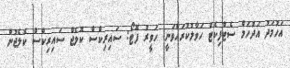
އަހުމަދު އަދުހަމް ސެޓްފިކެޓް ހަވާލުކުރައްވަނީ: ހަވީރު ފޮޓޯ: ސައިރިކްސް ކޮލެޖް ސައިރިކްސް ކޮލެޖުން